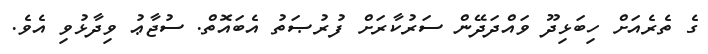
ގެ ތެރެއަށް ހިބަޅިދޫ ވައްދަދޭން ސަރުކާރަށް ފުރުޞަތު އެބައޮތް. ސުޖާޢު ވިދާޅުވި އެވެ.